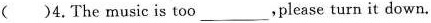
( )4. The music is too___， please turn it down.